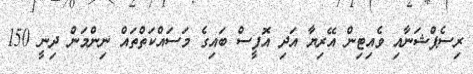
ރިސެޕްޝަނާއި ވެއިޓިން އޭރިޔާ އަދި އޮފީސް ބައިގެ މަސައްކަތްތައް ނިންމަން ދިނީ 150